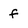
Character: f